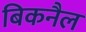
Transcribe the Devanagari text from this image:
बिकनैल